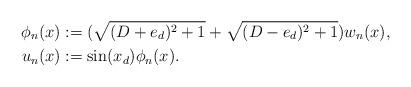
LaTeX: \begin{align*}\phi_n(x)&:=(\sqrt{(D+e_d)^2+1}+\sqrt{(D-e_d)^2+1})w_n(x),\\u_n(x)&:=\sin(x_d)\phi_n(x).\end{align*}